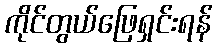
ကိုင်တွယ်ဖြေရှင်းရန်